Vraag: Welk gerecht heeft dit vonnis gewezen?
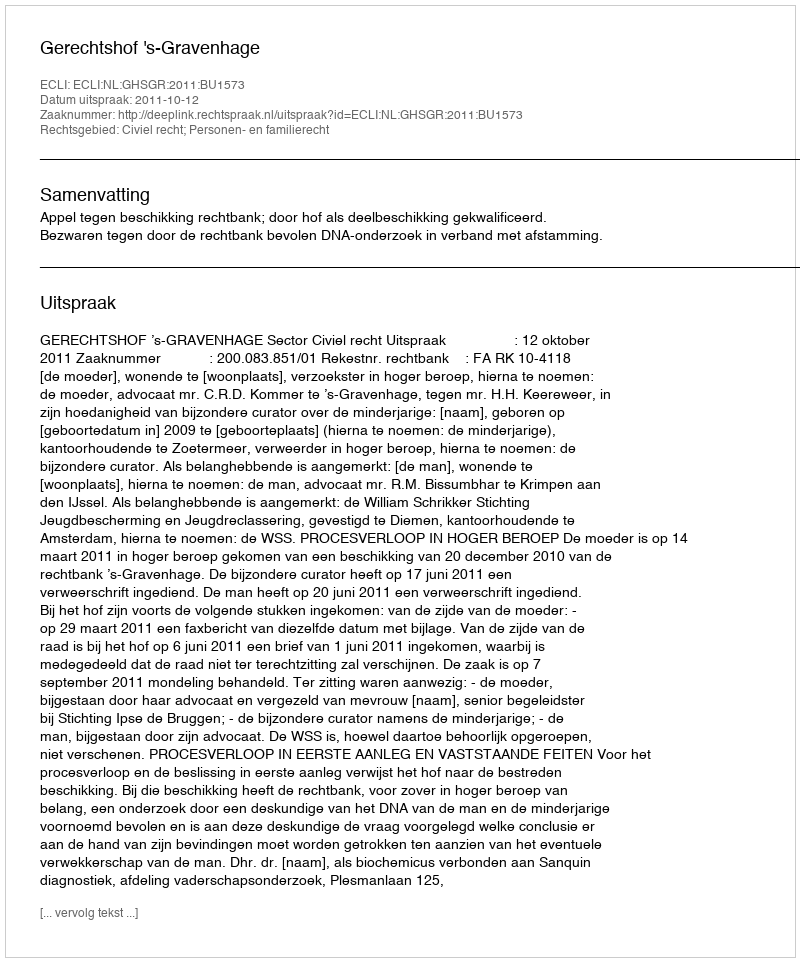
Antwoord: Gerechtshof 's-Gravenhage